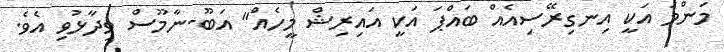
މަންމަ އަކީ އިނގިރޭސިއެއް ބައްޕަ އަކީ އައިރިޝް މީހެއް" އަބޫ-ނާމޫސް ވިދާޅުވި އެވެ.